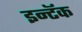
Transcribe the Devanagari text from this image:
इन्टॅक